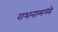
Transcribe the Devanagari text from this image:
राशनामध्ये